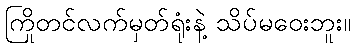
ကြိုတင်လက်မှတ်ရုံးနဲ့ သိပ်မဝေးဘူး။